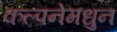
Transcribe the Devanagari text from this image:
कल्पनेमधुन